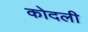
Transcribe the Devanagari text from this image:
कोदली